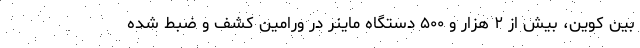
بین کوین، بیش از ۲ هزار و ۵۰۰ دستگاه ماینر در ورامین کشف و ضبط شده